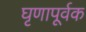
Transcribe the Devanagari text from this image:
घृणापूर्वक